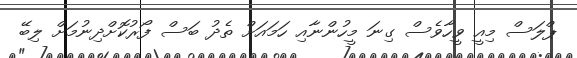
ޕްލަސް މިއީ ވީހާވެސް ގިނަ މީހުންނާއި ހަމައަށް ތެދު ބަސް ފޯރުކޮށްދިނުމަށް ލިބޭ